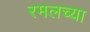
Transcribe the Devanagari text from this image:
रमलच्या